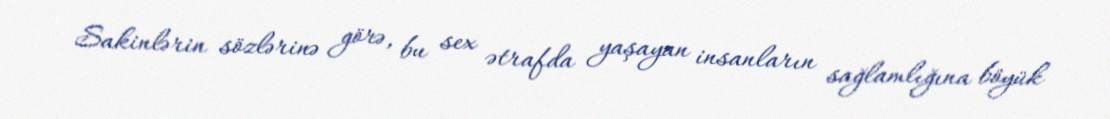
Sakinlərin sözlərinə görə, bu sex ətrafda yaşayan insanların sağlamlığına böyük